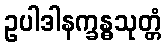
ဥပါဒါနက္ခန္ဓသုတ္တံ